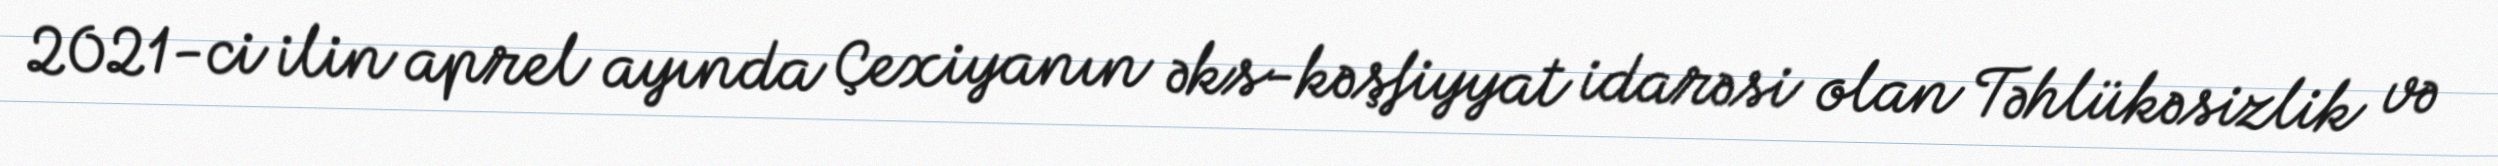
2021-ci ilin aprel ayında Çexiyanın əks-kəşfiyyat idarəsi olan Təhlükəsizlik və